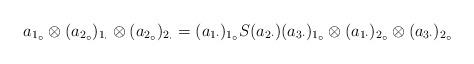
LaTeX: \begin{align*}&a_{1_\circ}\otimes (a_{2_\circ})_{1_\cdot}\otimes (a_{2_\circ})_{2_\cdot}=(a_{1\cdot})_{1_\circ}S(a_{2\cdot})(a_{3\cdot})_{1_\circ}\otimes (a_{1\cdot})_{2_{\circ}}\otimes(a_{3\cdot})_{2_\circ}\end{align*}